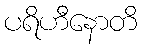
ပရိဟီနောတိ